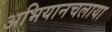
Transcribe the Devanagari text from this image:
अभियानचलाया